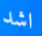
اشد